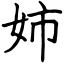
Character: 姉